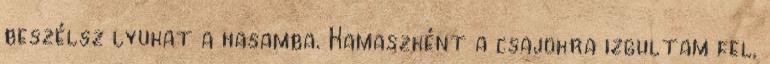
beszélsz lyukat a hasamba. Kamaszként a csajokra izgultam fel,